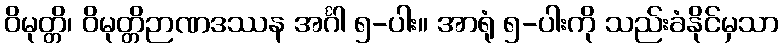
ဝိမုတ္တိ၊ ဝိမုတ္တိဉာဏဒဿန အင်္ဂါ ၅-ပါး။ အာရုံ ၅-ပါးကို သည်းခံနိုင်မှသာ